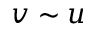
v \sim u